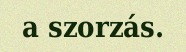
a szorzás.